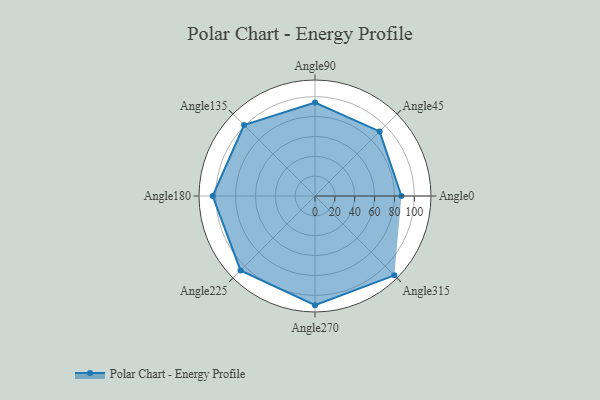
{"axis": {"x": "Angle", "y": "Radius"}, "legend": [""], "data": [{"x": "Angle0", "y": 87.0, "type": ""}, {"x": "Angle45", "y": 92.0, "type": ""}, {"x": "Angle90", "y": 94.0, "type": ""}, {"x": "Angle135", "y": 101.0, "type": ""}, {"x": "Angle180", "y": 103.0, "type": ""}, {"x": "Angle225", "y": 106.0, "type": ""}, {"x": "Angle270", "y": 110.0, "type": ""}, {"x": "Angle315", "y": 113.0, "type": ""}]}